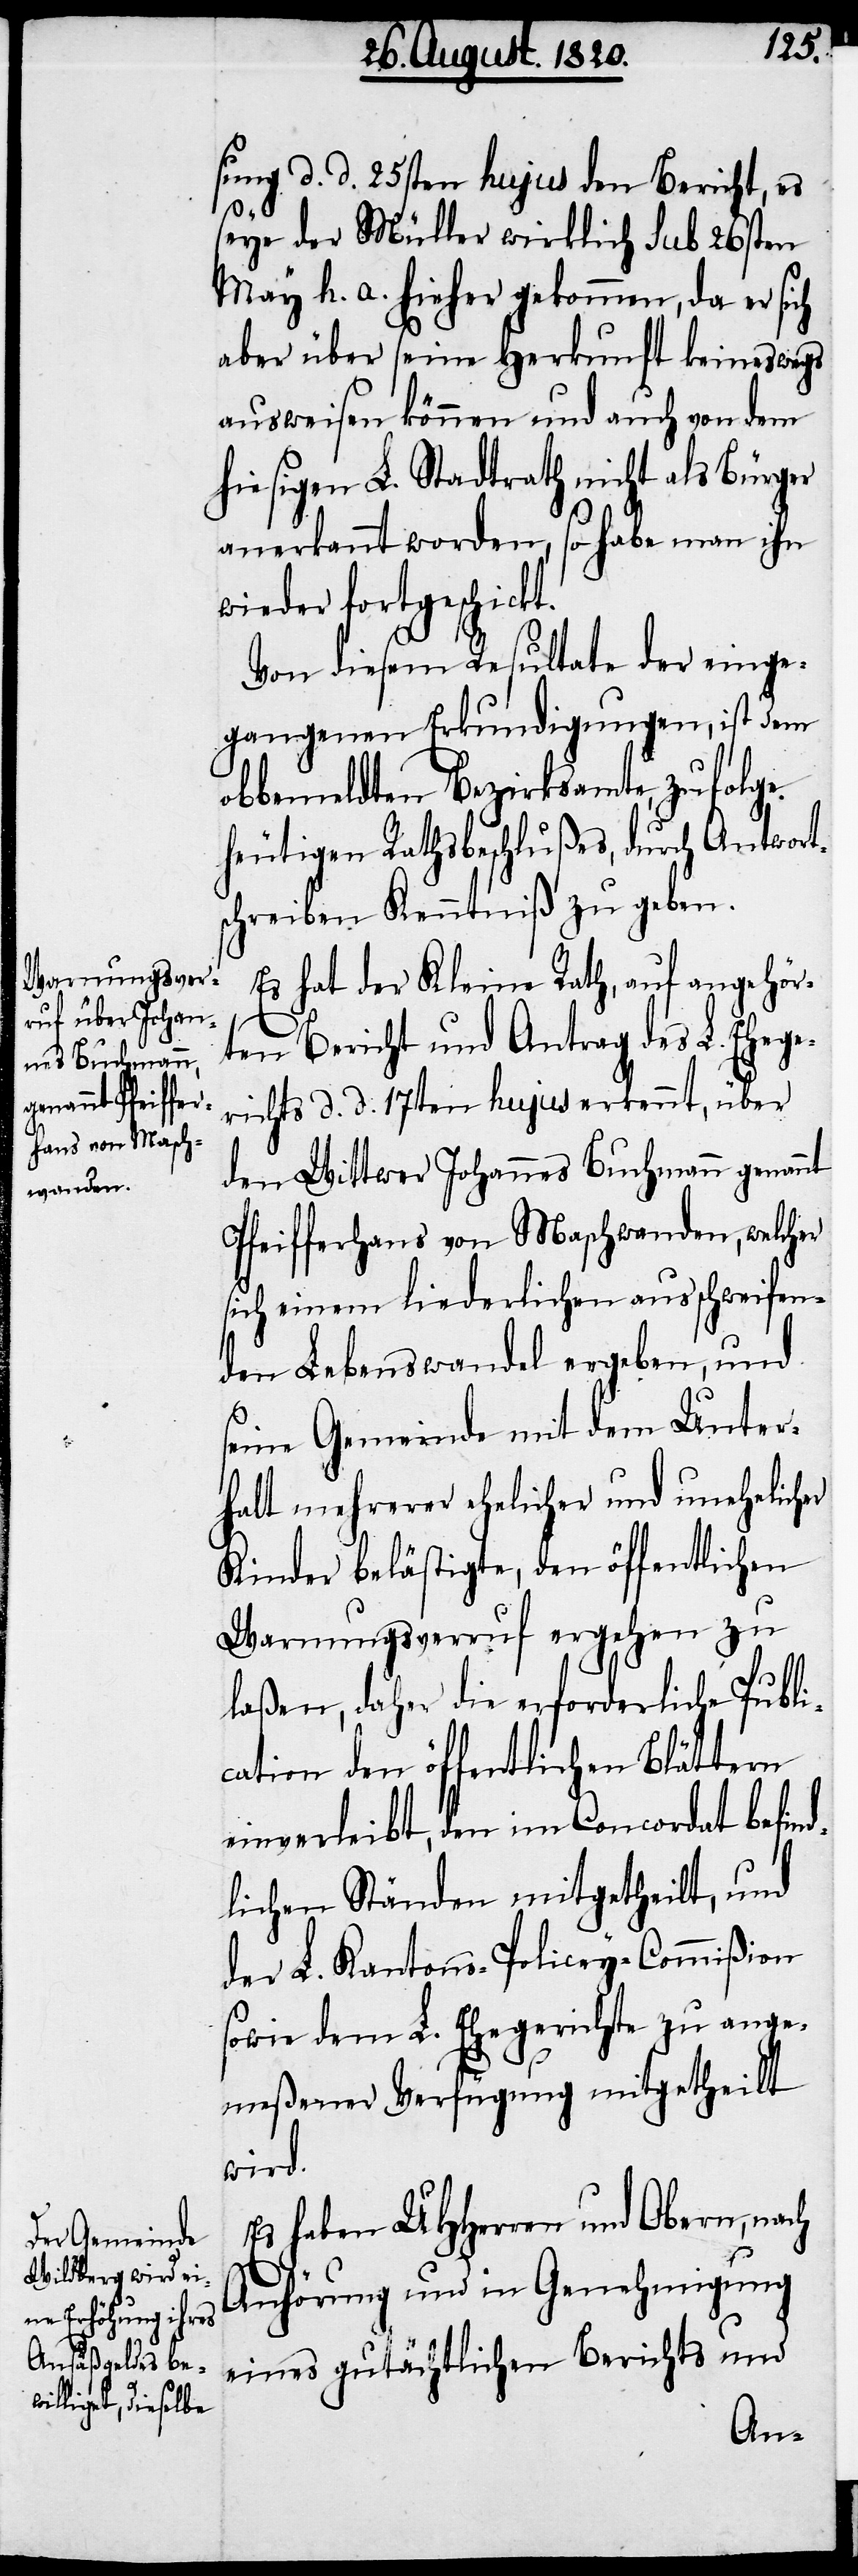
sung d. d. 25sten hujus den Bericht, es
seye der Müller wirklich sub 26sten
May h. a. hieher gekommen, da er sich
aber über seine Herkunft keineswegs
ausweisen können und auch von dem
hiesigen L. Stadtrath nicht als Bürger
anerkannt worden, so habe man ihn
wieder fortgeschickt.
Von diesem Resultate der einge¬
gangenen Erkundigungen, ist dem
obbemeldten Bezirksamte, zufolge
heutigen Rathsbeschlußes, durch Antworts¬
chreiben Kenntniß zu geben.
Es hat der Kleine Rath, auf angehör¬
ten Bericht und Antrag des L. Ehege¬
richts d. d. 17ten hujus erkennt, über
den Wittwer Johannes Buchmann genannt
Pfeifferhans von Maschwanden, welcher
sich einem liederlichen ausschweifen¬
den Lebenswandel ergeben, und
seine Gemeinde mit dem Unter¬
halt mehrerer ehelicher und unehelicher
Kinder belästigte, den öffentlichen
Warnungsverruf ergehen zu
laßen, daher die erforderliche Publi¬
cation den öffentlichen Blättern
einverleibt, den im Concordat befin¬
dlichen Ständen mitgetheilt, und
der L. Kantons-Policey-Commißion
sowie dem L. Ehegerichte zu ange¬
meßener Verfügung mitgetheilt
wird.
Es haben UHherren und Obern, nach
Anhörung und in Genehmigung
eines gutächtlichen Berichts und